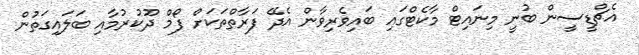
އެޗްޑީސީން ބުނީ މިނައިޓް މާކެޓްގައި ބައިވެރިވާން އެދޭ ފަރާތްތަކަށް ފޯމް ދޫކުރުމާއި ބަލައިގަތުން